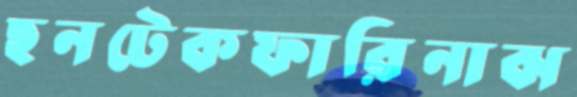
ছনটেকফারিনাঝ